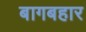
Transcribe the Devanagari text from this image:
बागबहार